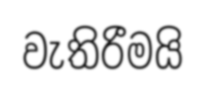
වැතිරීමයි